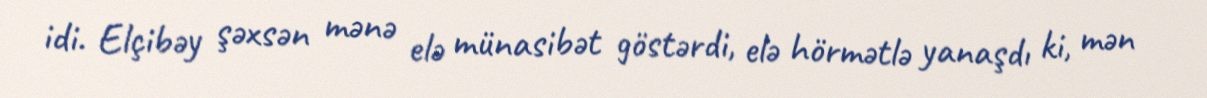
idi. Elçibəy şəxsən mənə elə münasibət göstərdi, elə hörmətlə yanaşdı ki, mən